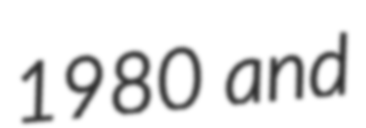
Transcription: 1980 and